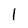
Character: l